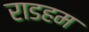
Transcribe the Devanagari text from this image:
राडहम